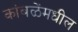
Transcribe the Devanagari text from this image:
कांबळेंमधील